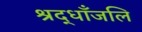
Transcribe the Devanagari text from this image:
श्रद्धाँजलि